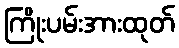
ကြိုးပမ်းအားထုတ်